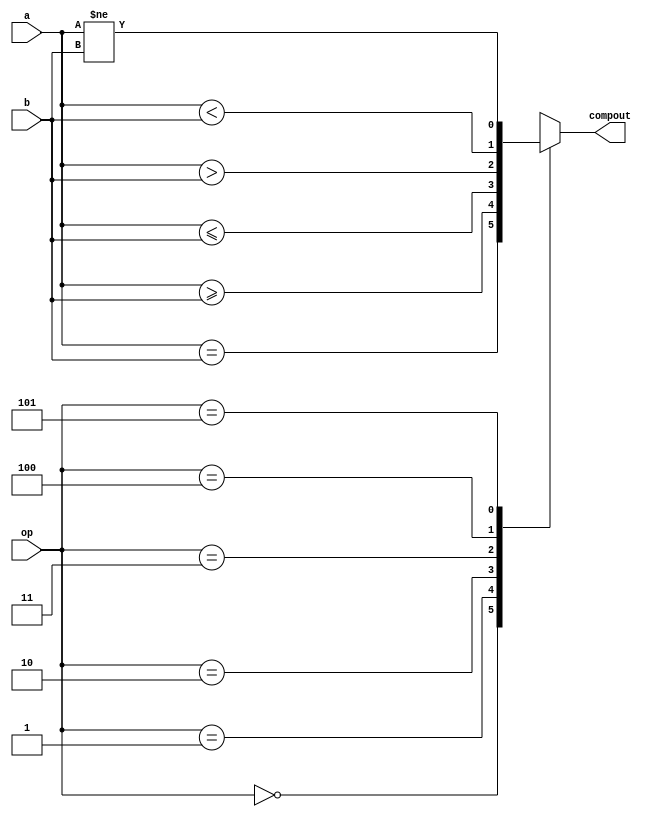
module Comparator (
    input     [31:0]    a,
    input     [31:0]    b,
    input     [2:0]     op,
    output              compout
);

    reg compout_reg;

    assign compout = compout_reg;

    always @(*) begin
        case (op)
            3'b000:  compout_reg <= a == b;
            3'b001:  compout_reg <= $signed(a) >= $signed(b);
            3'b010:  compout_reg <= $signed(a) <= $signed(b);
            3'b011:  compout_reg <= $signed(a) > $signed(b);
            3'b100:  compout_reg <= $signed(a) < $signed(b);
            3'b101:  compout_reg <= a !=b;
            default: compout_reg <= 1'bX;
        endcase
    end

endmodule